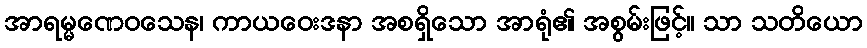
အာရမ္မဏေဝသေန၊ ကာယဝေးဒနာ အစရှိသော အာရုံ၏ အစွမ်းဖြင့်။ သာ သတိယော